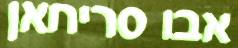
אבו סריחאן